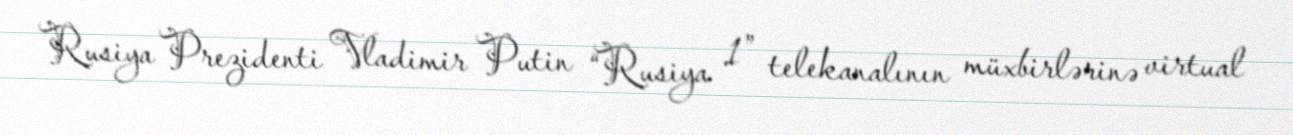
Rusiya Prezidenti Vladimir Putin “Rusiya 1” telekanalının müxbirlərinə virtual